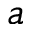
a